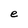
Character: e